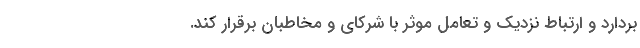
بردارد و ارتباط نزدیک و تعامل موثر با شرکای و مخاطبان برقرار کند.